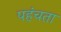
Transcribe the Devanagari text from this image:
पहंचता